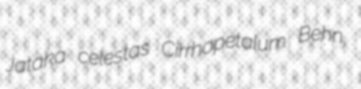
Jataka celestas Cirrhopetalum Behn